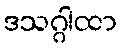
ဒသဂ္ဂါထာ